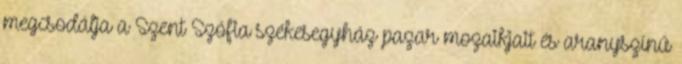
megcsodálja a Szent Szófia székesegyház pazar mozaikjait és aranyszínű